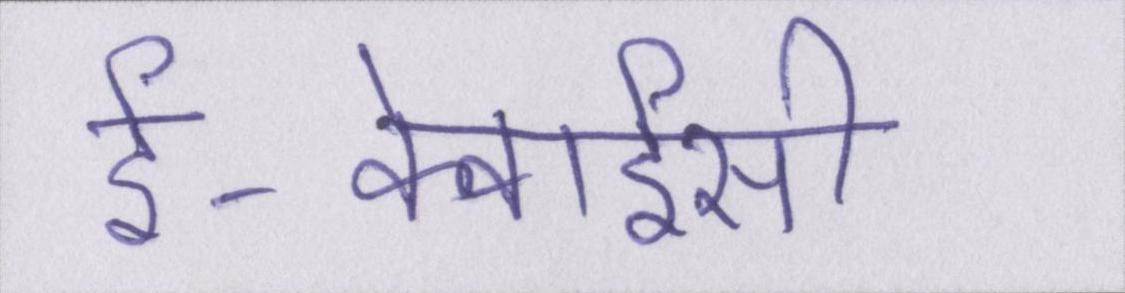
ई-केवाईसी